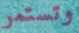
وتستمر